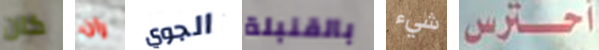
كان ران الجوي بالقنبلة شيء أحترس